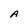
Character: A